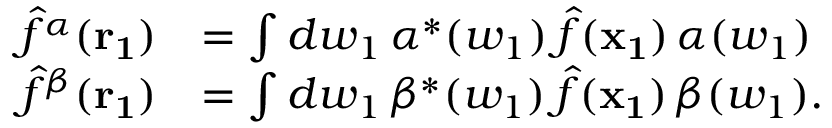
\begin{array} { r l } { \hat { f } ^ { \alpha } ( \mathbf { r _ { 1 } } ) } & { = \int d w _ { 1 } \, \alpha ^ { * } ( w _ { 1 } ) \, \hat { f } ( \mathbf { x _ { 1 } } ) \, \alpha ( w _ { 1 } ) } \\ { \hat { f } ^ { \beta } ( \mathbf { r _ { 1 } } ) } & { = \int d w _ { 1 } \, \beta ^ { * } ( w _ { 1 } ) \, \hat { f } ( \mathbf { x _ { 1 } } ) \, \beta ( w _ { 1 } ) . } \end{array}